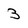
Character: 3